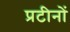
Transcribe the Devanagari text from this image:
प्रटीनों